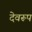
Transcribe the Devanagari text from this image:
देवरूप